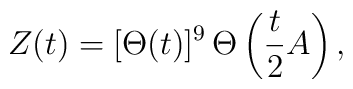
Z(t)=[\Theta(t)]^9\,\Theta\left({t\over 2}A\right),